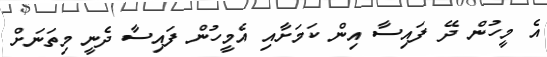
އެ މީހުން ދޭ ފައިސާ އިން ކަމަށާއި އެމީހުން ފައިސާ ދެނީ މިތަނަށް